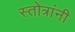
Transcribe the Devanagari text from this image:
स्तोत्रांनी